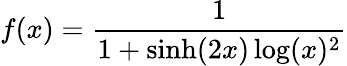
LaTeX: f(x)={\frac{1}{1+\sinh(2x)\log(x)^{2}}}